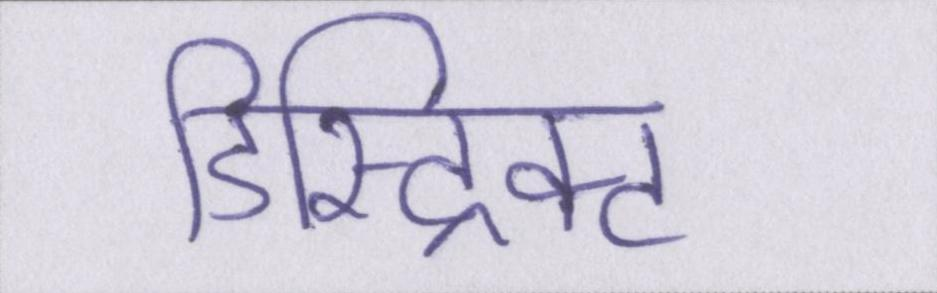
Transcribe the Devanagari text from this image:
डिस्ट्रिक्ट